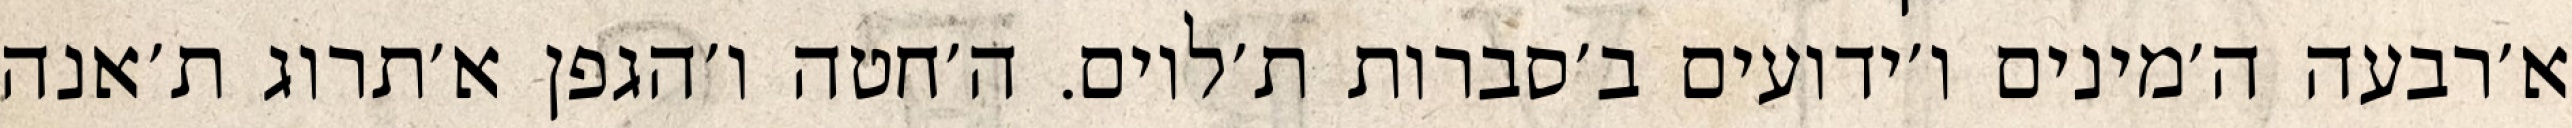
א׳רבעה ה׳מינים ו׳ידועים ב׳סברות ת׳לוים. ה׳חטה ו׳הגפן א׳תרוג ת׳אנה